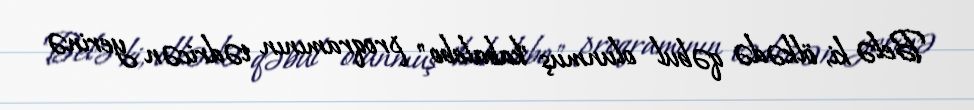
Belə ki, ölkədə qəbul olunmuş "kabalebo" proqramının tədricən yerinə